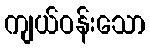
ကျယ်ဝန်းသော